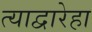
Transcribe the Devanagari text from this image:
त्याद्वारेहा